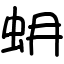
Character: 蚦